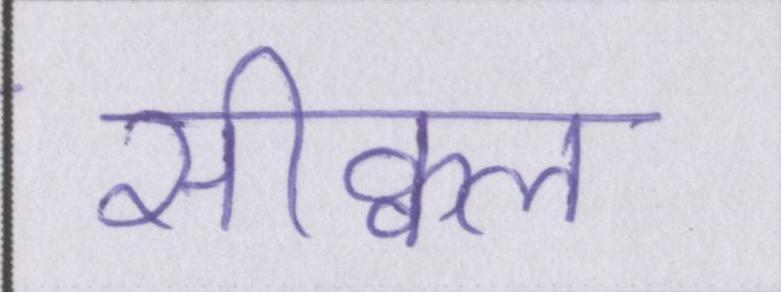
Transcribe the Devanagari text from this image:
सीक्वल